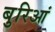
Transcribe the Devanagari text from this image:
बुरिआं